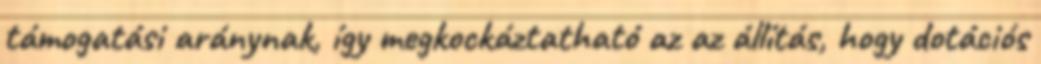
támogatási aránynak, így megkockáztatható az az állítás, hogy dotációs